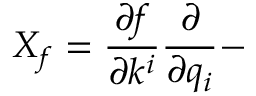
X _ { f } = \frac { \partial f } { \partial k ^ { i } } \frac { \partial } { \partial q _ { i } } -